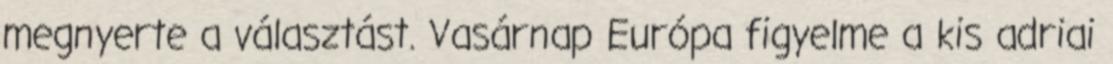
megnyerte a választást. Vasárnap Európa figyelme a kis adriai